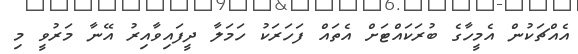
އެއްޗަކުން އެމީހާގެ ބުރަކައްޓަށް އެތައް ފަހަރަކު ހަމަލާ ދީފައިވާއިރު އޭނާ މަރުވީ މި